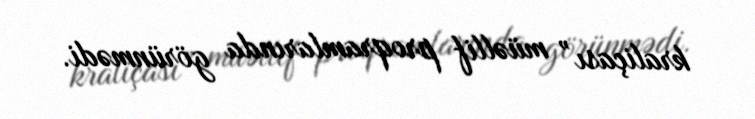
kraliçası” müəllif proqramlarında görünmədi.